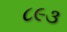
૮૯૩